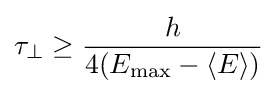
\tau _{\perp }\geq {\frac {h}{4(E_{\max }-\langle E\rangle )}}